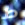
ط